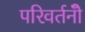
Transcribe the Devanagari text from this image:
परिवर्तनोँ